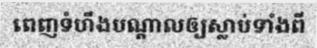
ពេញទំហឹងបណ្តាលឲ្យស្លាប់ទាំងពី